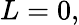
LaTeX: L=0,